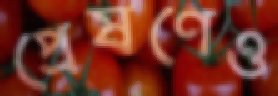
প্রেষণেও